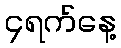
၄ရက်နေ့